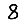
Digit: 8